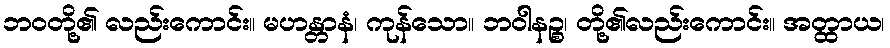
ဘဝတို့၏ လည်းကောင်း။ မဟန္တာနံ၊ ကုန်သော။ ဘဝါနဉ္စ၊ တို့၏လည်းကောင်း။ အတ္ထာယ၊